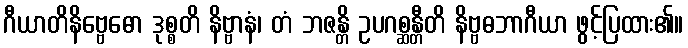
ဂီယာတိနိဗ္ဗေဓော ဒုစ္စတိ နိဗ္ဗာနံ၊ တံ ဘဇန္တိ ဥပဂစ္ဆန္တီတိ နိဗ္ဗဓဘာဂီယာ ဖွင့်ပြထား၏။